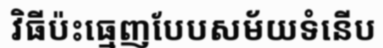
វិធីប៉ះធ្មេញបែបសម័យទំនើប